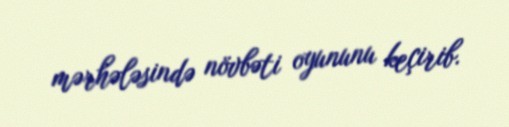
mərhələsində növbəti oyununu keçirib.